Annual report of the Imperial Bacteriological Laboratory, Muktesar
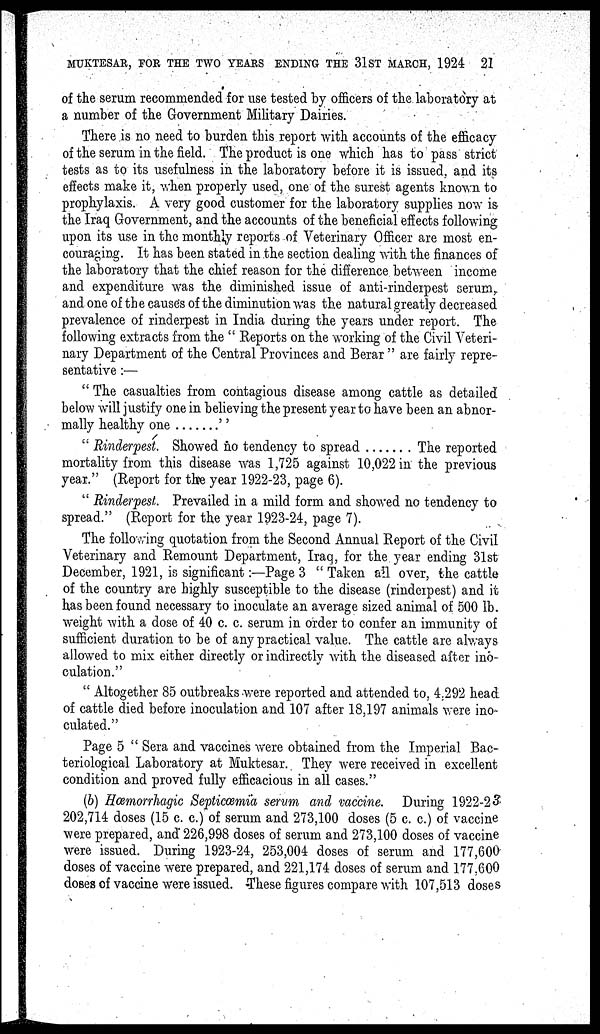
MUKTESAR, FOR THE TWO YEARS ENDING THE 31ST MARCH, 1924 21
of the serum recommended for use tested by officers of the laboratory at
a number of the Government Military Dairies.
There is no need to burden this report with accounts of the efficacy
of the serum in the field. The product is one which has to pass strict
tests as to its usefulness in the laboratory before it is issued, and its
effects make it, when properly used, one of the surest agents known to
prophylaxis. A very good customer for the laboratory supplies now is
the Iraq Government, and the accounts of the beneficial effects following
upon its use in the monthly reports of Veterinary Officer are most en-
couraging. It has been stated in the section dealing with the finances of
the laboratory that the chief reason for the difference between income
and expenditure was the diminished issue of anti-rinderpest serum,
and one of the causes of the diminution was the natural greatly decreased
prevalence of rinderpest in India during the years under report. The
following extracts from the " Reports on the working of the Civil Veteri-
nary Department of the Central Provinces and Berar " are fairly repre-
sentative :—
" The casualties from contagious disease among cattle as detailed
below will justify one in believing the present year to have been an abnor-
mally healthy one
"
" Rinderpest. Showed no tendency to spread
The reported
mortality from this disease was 1,725 against 10,022 in the previous
year." (Report for the year 1922-23, page 6).
" Rinderpest. Prevailed in a mild form and showed no tendency to
spread." (Report for the year 1923-24, page 7).
The following quotation from the Second Annual Report of the Civil
Veterinary and Remount Department, Iraq, for the year ending 31st
December, 1921, is significant :—Page 3 "Taken all over, the cattle
of the country are highly susceptible to the disease (rinderpest) and it
has been found necessary to inoculate an average sized animal of 500 lb.
weight with a dose of 40 c. c. serum in order to confer an immunity of
sufficient duration to be of any practical value. The cattle are always
allowed to mix either directly or indirectly with the diseased after ino-
culation."
" Altogether 85 outbreaks were reported and attended to, 4,292 head
of cattle died before inoculation and 107 after 18,197 animals were ino
culated."
Page 5 " Sera and vaccines were obtained from the Imperial Bac-
teriological Laboratory at Muktesar. They were received in excellent
condition and proved fully efficacious in all cases."
(6) Hæmorrhagic Septicæmia serum and vaccine. During 1922-23
202,714 doses (15 c. c.) of serum and 273,100 doses (5 c. c.) of vaccine
were prepared, and 226,998 doses of serum and 273,100 doses of vaccine
were issued. During 1923-24, 253,004 doses of serum and 177,600
doses of vaccine were prepared, and 221,174 doses of serum and 177,600
doses of vaccine were issued. These figures compare with 107,513 doses